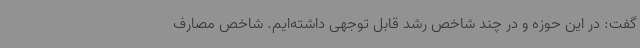
گفت: در این حوزه و در چند شاخص رشد قابل توجهی داشته‌ایم. شاخص مصارف